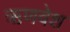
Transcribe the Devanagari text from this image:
ऋणवेश